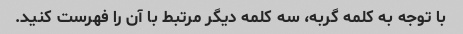
با توجه به کلمه گربه، سه کلمه دیگر مرتبط با آن را فهرست کنید.